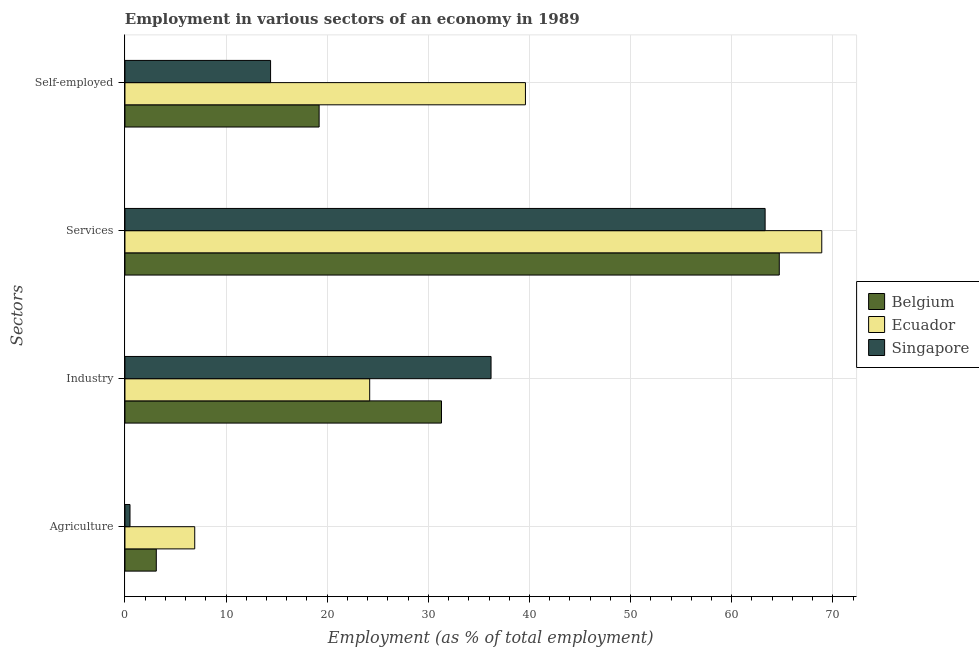
| Sectors | Belgium | Ecuador | Singapore |
 | --- | --- | --- | --- |
 | Agriculture | 3.1 | 6.9 | 0.5 |
 | Industry | 31.3 | 24.2 | 36.2 |
 | Services | 64.7 | 68.9 | 63.3 |
 | Self-employed | 19.2 | 39.6 | 14.4 |